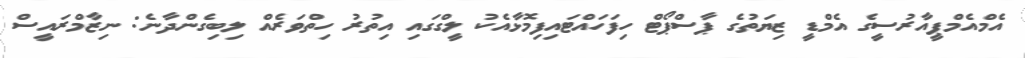
އެމްއެމްޕީއާރުސީގެ އެމްޑީ ޒިޔަތުގެ ޕާސްޕޯޓް ހިފަހައްޓައިފިމޮޅާއެކު ލީގްގައި އިތުރު ހިތްވަރެއް ލިބިގެންދާނެ: ނިޒާމްރައީސް